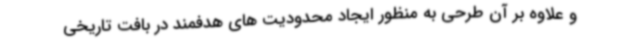
و علاوه بر آن طرحی به منظور ایجاد محدودیت های هدفمند در بافت تاریخی